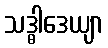
သဒ္ဓါဒေယျာ